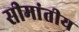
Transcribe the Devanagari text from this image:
सीमांतीय